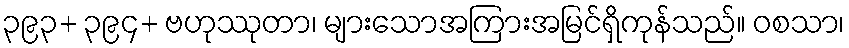
၃၉၃+ ၃၉၄+ ဗဟုဿုတာ၊ များသောအကြားအမြင်ရှိကုန်သည်။ ဝစသာ၊